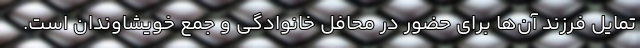
تمایل فرزند آن‌ها برای حضور در محافل خانوادگی و جمع خویشاوندان است.